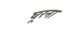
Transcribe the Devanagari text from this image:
घूरना